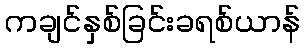
ကချင်နှစ်ခြင်းခရစ်ယာန်